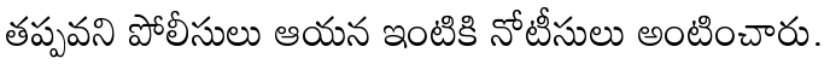
తప్పవని పోలీసులు ఆయన ఇంటికి నోటీసులు అంటించారు.